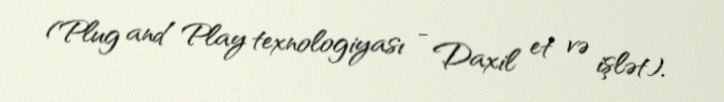
(Plug and Play texnologiyası - Daxil et və işlət).